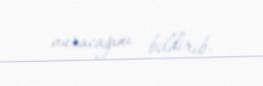
vuracağını bildirib.